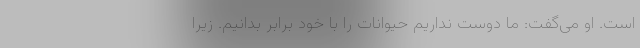
است. او می‌گفت: ما دوست نداریم حیوانات را با خود برابر بدانیم. زیرا